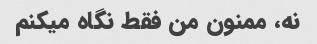
نه، ممنون من فقط نگاه میکنم